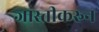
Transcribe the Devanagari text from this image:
जास्तीकरुन